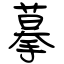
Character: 摹